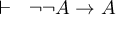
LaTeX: \vdash \ \ \lnot \lnot A \rightarrow A